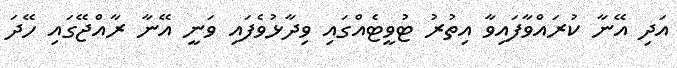
އަދި އޭނާ ކުރައްވާފައިވާ އިތުރު ޓުވީޓެއްގައި ވިދާޅުވެފައި ވަނީ އޭނާ ރާއްޖޭގައި ހޭދަ